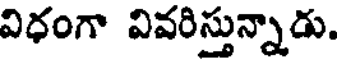
విధంగా వివరిస్తున్నాడు.